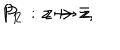
P _ { 1 } \; : z \mapsto \bar { z } , \hspace { 1 c m } P _ { 2 } \; : z \mapsto z